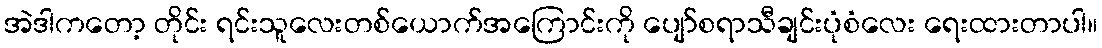
အဲဒါကတော့ တိုင်း ရင်းသူလေးတစ်ယောက်အကြောင်းကို ပျော်စရာသီချင်းပုံစံလေး ရေးထားတာပါ။